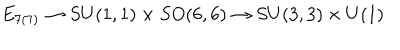
LaTeX: E _ { 7 ( 7 ) } \to S U ( 1 , 1 ) \times S O ( 6 , 6 ) \to S U ( 3 , 3 ) \times U ( 1 )